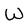
Character: W